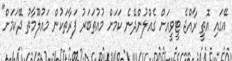
އޭގައި އޮތީ ރާއްޖެ ޓީވީއަށް ގެއްލުންދޭނެ ކަމަށް މުއުތަބަރު ފަރާތަކުން މައުލޫމާތު ދޭކަމަށް"